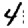
Digit: 4